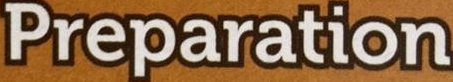
Preparation